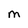
Character: M